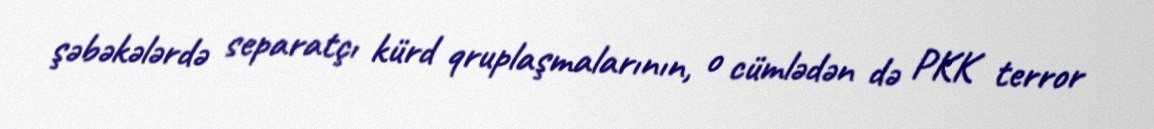
şəbəkələrdə separatçı kürd qruplaşmalarının, o cümlədən də PKK terror